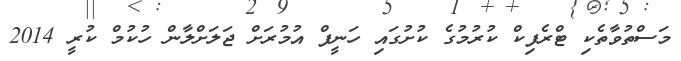
މަސްތުވާތެކި ޓްރެފިކް ކުރުމުގެ ކުށުގައި ހަނީފް އުމުރަށް ޖަލަށްލާން ހުކުމް ކުރީ 2014